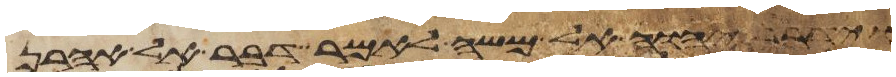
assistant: וידבר יהוה אל משה לאמר דבר אל אהרן